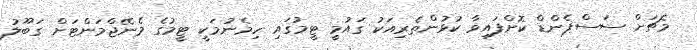
މެޗަށް ސަސްޕެންޑް ކޮށްފައިވާ ކުޅުންތެރިއަކު ގައުމީ ޓީމުގައި ހިމެނުމަކީ ޓީމުގެ މެނޭޖްމަންޓަށް ގަބޫލު